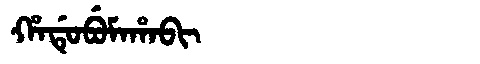
Manchu: ᡥᠠᡩᡠᠪᡠᠮᠠᡥᠠᠪᡳ
Romanization: HADUBUMAHABI